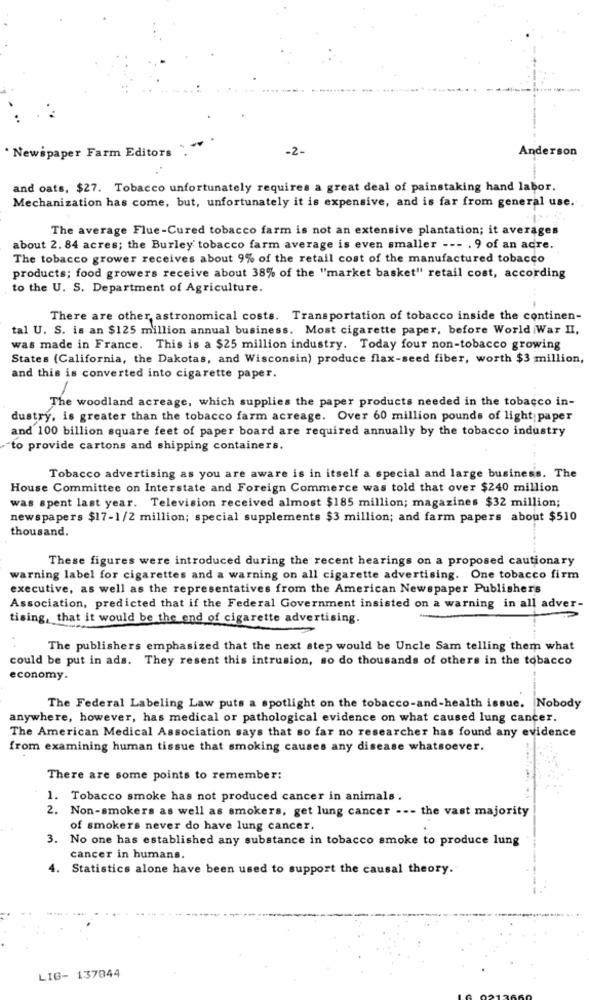
-2-
Anderson
. Newspaper Farm Editors
and oats, $27. Tobacco unfortunately requires a great deal of painstaking hand labor.
Mechanization has come, but, unfortunately it is expensive, and is far from general use.
The average Flue-Cured tobacco farm is not an extensive plantation; it averages
about 2. 84 acres; the Burley tobacco farm average is even smaller --- . 9 of an acre.
The tobacco grower receives about 9% of the retail cost of the manufactured tobacco
products; food growers receive about 38% of the "market basket" retail cost, according
to the U. S. Department of Agriculture.
There are other, astronomical costs. Transportation of tobacco inside the continen-
tal U. S. is an $125 million annual business. Most cigarette paper, before World War II,
was made in France. This is a $25 million industry. Today four non-tobacco growing
States (California, the Dakotas, and Wisconsin) produce flax-seed fiber, worth $3 million,
and this is converted into cigarette paper.
The woodland acreage, which supplies the paper products needed in the tobacco in-
dustry, is greater than the tobacco farm acreage. Over 60 million pounds of light paper
and 100 billion square feet of paper board are required annually by the tobacco industry
to provide cartons and shipping containers.
Tobacco advertising as you are aware is in itself a special and large business. The
House Committee on Interstate and Foreign Commerce was told that over $240 million
was spent last year. Television received almost $185 million; magazines $32 million;
newspapers $17-1/2 million; special supplements $3 million; and farm papers about $510
thousand.
These figures were introduced during the recent hearings on a proposed cautionary
warning label for cigarettes and a warning on all cigarette advertising. One tobacco firm
executive, as well as the representatives from the American Newspaper Publishers
Association, predicted that if the Federal Government insisted on a warning in all adver-
tising, that it would be the end of cigarette advertising.
The publishers emphasized that the next step would be Uncle Sam telling them what
could be put in ads. They resent this intrusion, so do thousands of others in the tobacco
economy.
The Federal Labeling Law puts a spotlight on the tobacco-and-health issue. Nobody
anywhere, however, has medical or pathological evidence on what caused lung cancer.
The American Medical Association says that so far no researcher has found any evidence
from examining human tissue that smoking causes any disease whatsoever.
There are some points to remember:
1. Tobacco smoke has not produced cancer in animals .
2. Non-smokers as well as smokers, get lung cancer --- the vast majority
of smokers never do have lung cancer.
3.
No one has established any substance in tobacco smoke to produce lung
cancer in humans.
4.
Statistics alone have been used to support the causal theory.
LIG- 137844